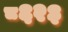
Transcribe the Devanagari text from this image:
८६२३